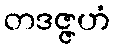
တဒဇ္ဇဟံ